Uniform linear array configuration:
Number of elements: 48
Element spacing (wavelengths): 0.75
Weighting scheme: binomial
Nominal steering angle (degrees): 0
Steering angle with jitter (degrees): -0.2182
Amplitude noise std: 0.05
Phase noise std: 0.05

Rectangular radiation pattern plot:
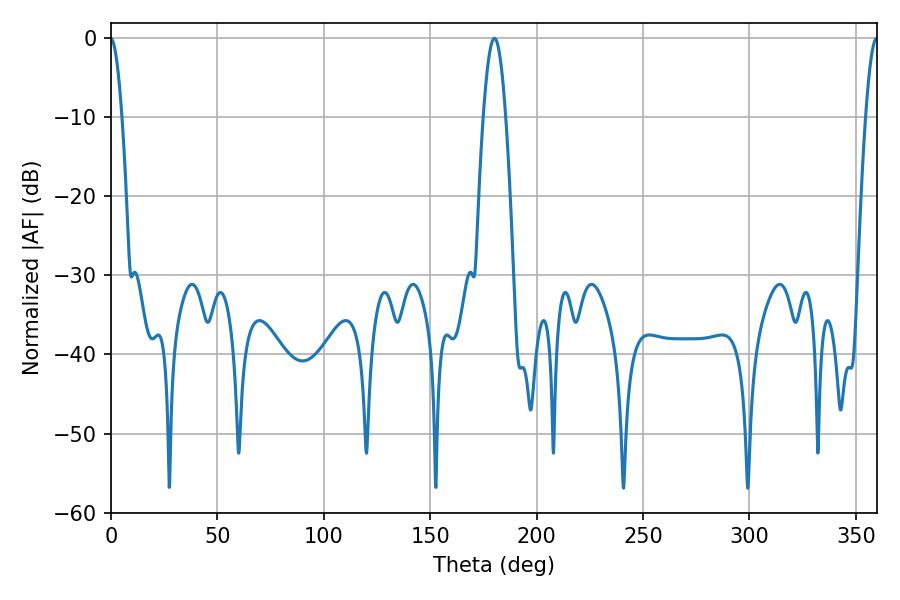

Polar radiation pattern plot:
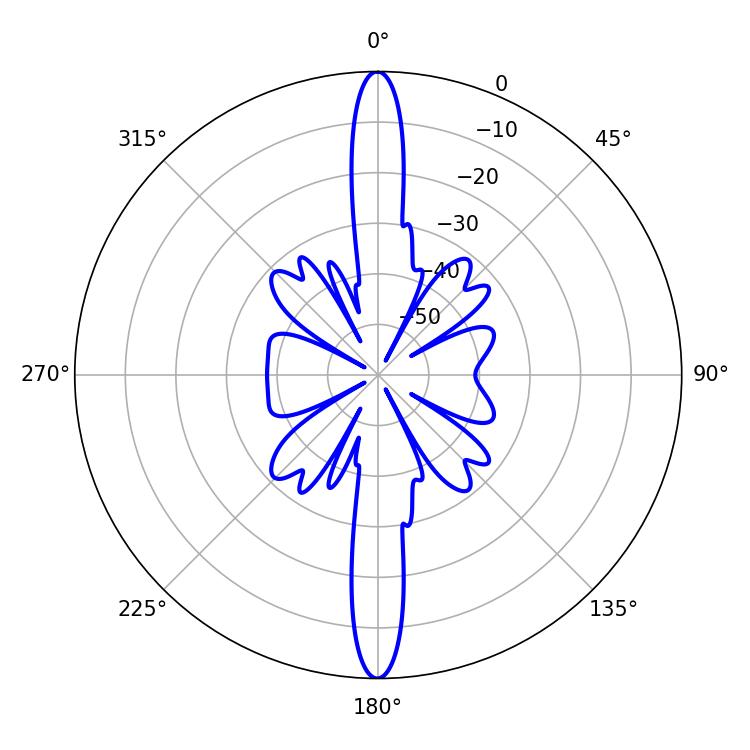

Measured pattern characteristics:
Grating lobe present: TRUE
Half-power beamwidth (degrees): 5.76
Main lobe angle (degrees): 180.18